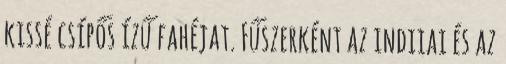
kissé csípős ízű fahéjat. Fűszerként az indiiai és az